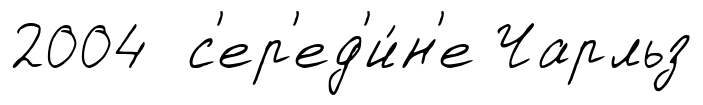
2004 с'ер'ед'и́н'е Чарльз